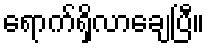
ရောက်ရှိလာချေပြီ။